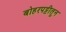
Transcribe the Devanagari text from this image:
बोहरपट्टीतून